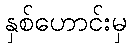
နှစ်ဟောင်းမှ